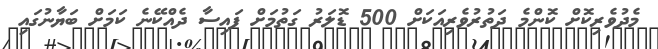
މެދުވެރިކޮށް ކޮންމެ ދަތުރުވެރިއަކަށް 500 ޑޮލަރު ގަތުމަށް ފައިސާ ދެއްކޭނެ ކަމަށް ބަޔާނުގައި